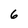
Character: 6